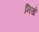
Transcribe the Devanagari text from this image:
निखे